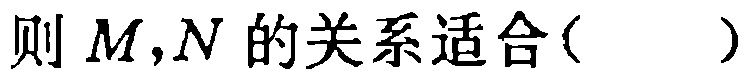
则 \(M,N\) 的关系适合( )